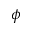
\phi